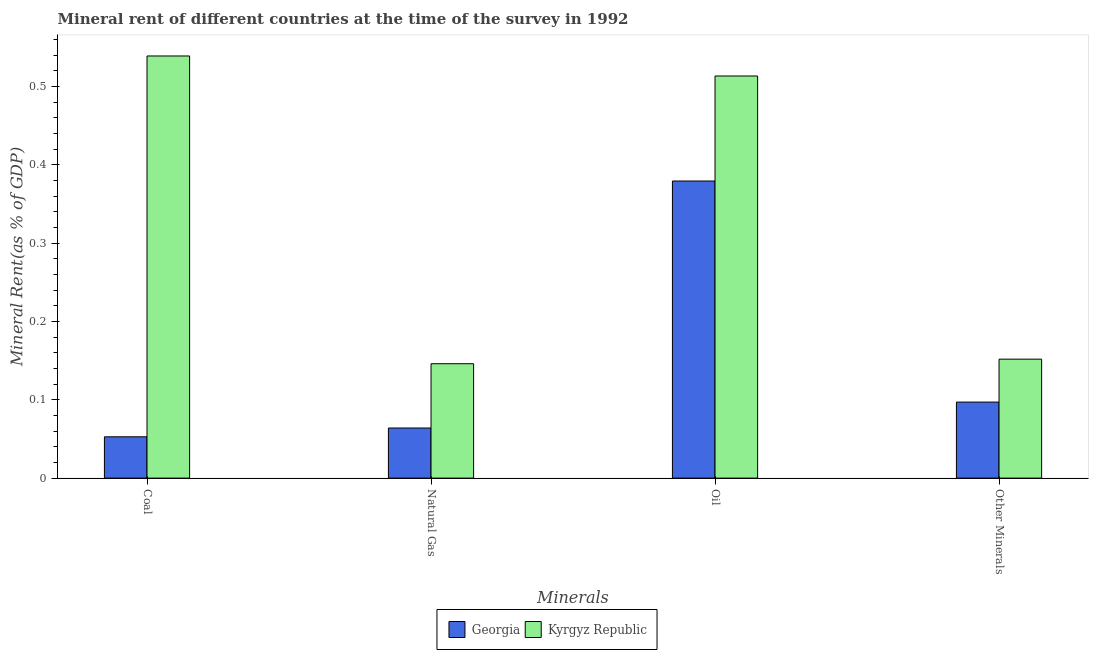
| Minerals | Georgia | Kyrgyz Republic |
 | --- | --- | --- |
 | Coal | 0.0528 | 0.539 |
 | Natural Gas | 0.064 | 0.146 |
 | Oil | 0.379 | 0.514 |
 | Other Minerals | 0.0971 | 0.152 |